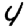
Digit: 4